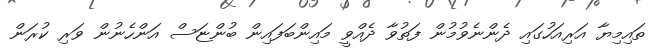
ތައިމިޔާ އަރިއަހުގައި ދެންނެވުމުން ފަތުވާ ދެއްވީ މައިންބަފައިން ބުންޏަސް އަންހެނުން ވަރި ކުރަން